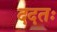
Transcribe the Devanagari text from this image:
ददतः